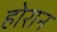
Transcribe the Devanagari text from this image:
होरान